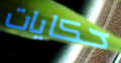
حكايات